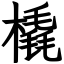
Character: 橇